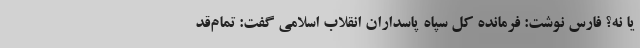
یا نه؟ فارس نوشت: فرمانده کل سپاه پاسداران انقلاب اسلامی گفت: تمام‌قد